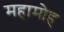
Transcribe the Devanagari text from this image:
महामोह